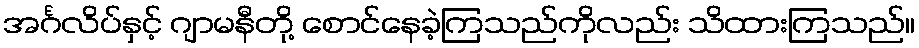
အင်္ဂလိပ်နှင့် ဂျာမနီတို့ စောင်နေခဲ့ကြသည်ကိုလည်း သိထားကြသည်။